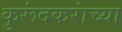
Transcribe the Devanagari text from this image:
कुरूंदकरांच्या